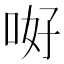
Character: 𠲡